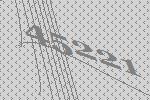
45221